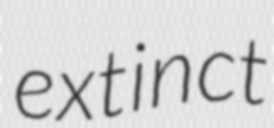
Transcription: extinct